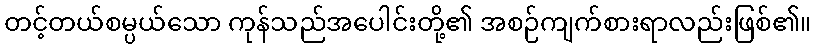
တင့်တယ်စမ္ပယ်သော ကုန်သည်အပေါင်းတို့၏ အစဉ်ကျက်စားရာလည်းဖြစ်၏။